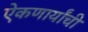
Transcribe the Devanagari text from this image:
ऐकणार्यांची